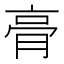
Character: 𮌔